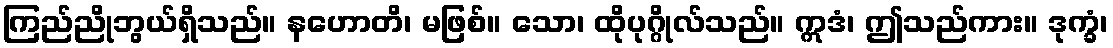
ကြည်ညိုဘွယ်ရှိသည်။ နဟောတိ၊ မဖြစ်။ သော၊ ထိုပုဂ္ဂိုလ်သည်။ ဣဒံ၊ ဤသည်ကား။ ဒုက္ခံ၊